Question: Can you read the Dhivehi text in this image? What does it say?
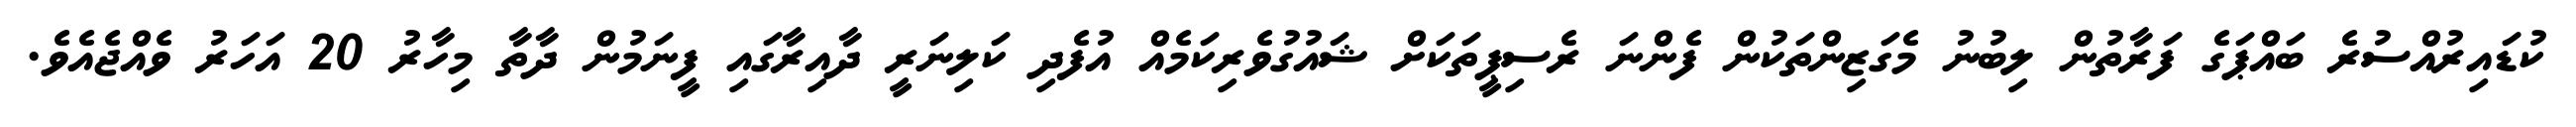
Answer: ކުޑައިރުއްސުރެ ބައްޕަގެ ފަރާތުން ލިބުނު މެގަޒިންތަކުން ފެންނަ ރެސިޕީތަކަށް ޝައުގުވެރިކަމެއް އުފެދި ކަލިނަރީ ދާއިރާގައި ފީނަމުން ދާތާ މިހާރު 20 އަހަރު ވެއްޖެއެވެ.